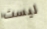
ليست